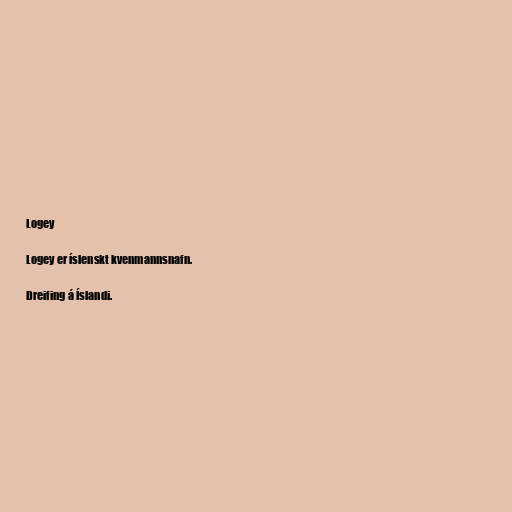
Logey

Logey er íslenskt kvenmannsnafn.

Dreifing á Íslandi.